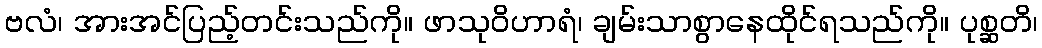
ဗလံ၊ အားအင်ပြည့်တင်းသည်ကို။ ဖာသုဝိဟာရံ၊ ချမ်းသာစွာနေထိုင်ရသည်ကို။ ပုစ္ဆတိ၊